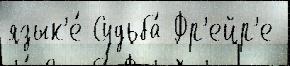
язык'е́ Судьба́ Фр'ейр'е